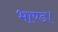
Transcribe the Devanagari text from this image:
भाण्ड।